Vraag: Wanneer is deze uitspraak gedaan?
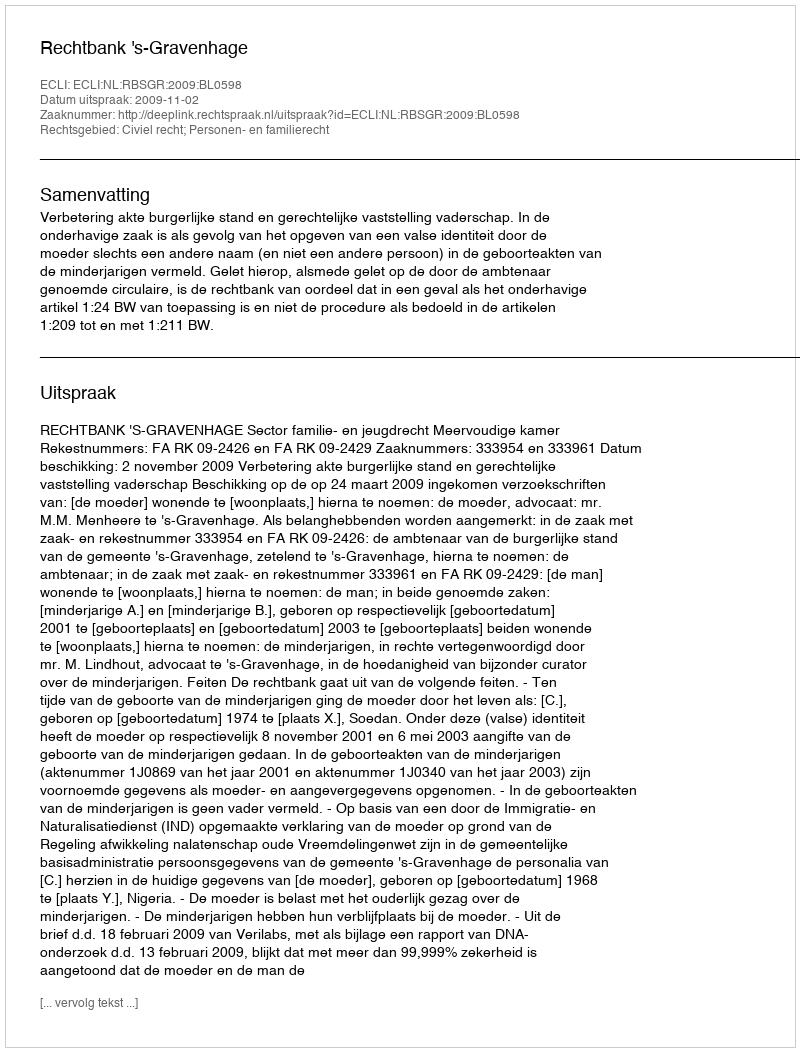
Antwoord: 2009-11-02